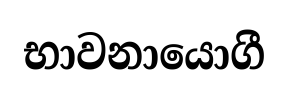
භාවනායොගී